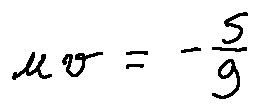
u v = - \frac { 5 } { 9 }